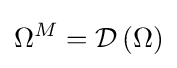
\Omega ^{M}={\mathcal {D}}\left(\Omega \right)